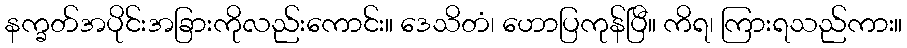
နက္ခတ်အပိုင်းအခြားကိုလည်းကောင်း။ ဒေသိတံ၊ ဟောပြကုန်ပြီ။ ကိရ၊ ကြားရသည်ကား။